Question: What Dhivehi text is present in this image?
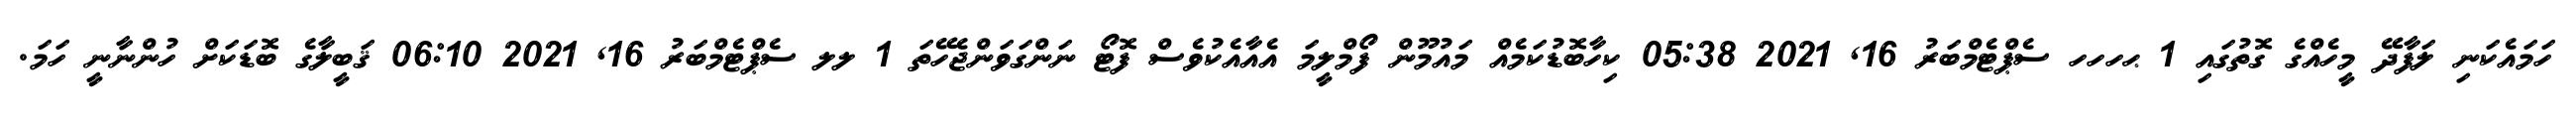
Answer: ހަމައެކަނި ލަފާދޭ މީހެއްގެ ގޮތުގައި 1 ޙހހހ ސެޕްޓެމްބަރު 16, 2021 05:38 ކިހާބޮޑުކަމެއް މައުމޫން ފޯމްލީމަ އެއާއެކުވެސް ފޮޓޯ ނަންގަވަންޖެހޭތަ 1 ލލ ސެޕްޓެމްބަރު 16, 2021 06:10 ޤަބީލާގެ ބޮޑަކަށް ހުންނާނީ ހަމަ.